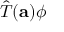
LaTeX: { \hat { T } } ( \mathbf { a } ) \phi